Vaccination in Bombay 1924-1928 - 1924-1928
Year: 1924
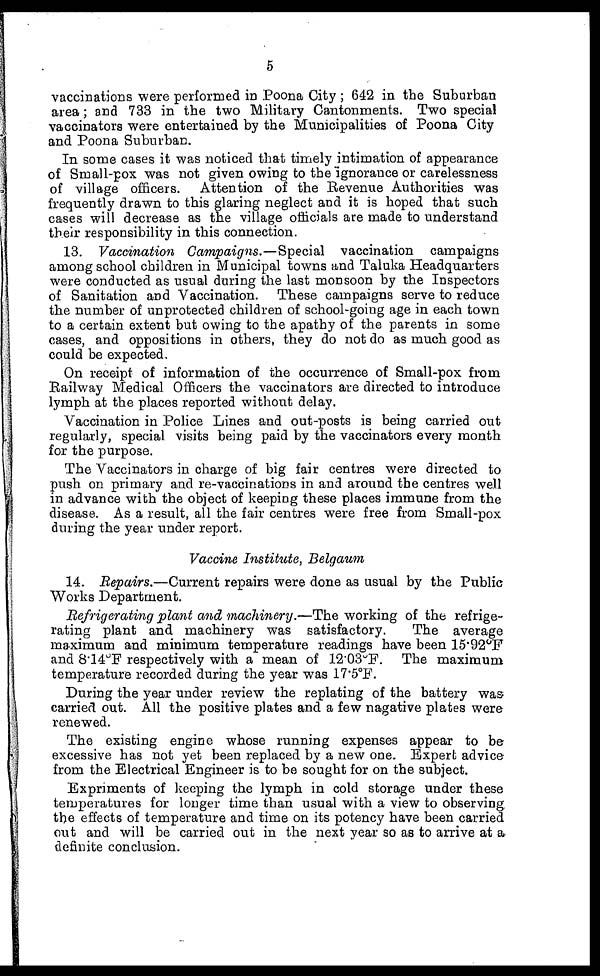
5
vaccinations were performed in Poona City ; 642 in the Suburban
area; and 733 in the two Military Cantonments. Two special
vaccinators were entertained by the Municipalities of Poona City
and Poona Suburban.
In some cases it was noticed that timely intimation of appearance
of Small-pox was not given owing to the ignorance or carelessness
of village officers. Attention of the Revenue Authorities was
frequently drawn to this glaring neglect and it is hoped that such
cases will decrease as the village officials are made to understand
their responsibility in this connection.
13. Vaccination Campaigns.—Special vaccination campaigns
among school children in Municipal towns and Taluka Headquarters
were conducted as usual during the last monsoon by the Inspectors
of Sanitation and Vaccination. These campaigns serve to reduce
the number of unprotected children of school-going age in each town
to a certain extent but owing to the apathy of the parents in some
cases, and oppositions in others, they do not do as much good as
could be expected.
On receipt of information of the occurrence of Small-pox from
Railway Medical Officers the vaccinators are directed to introduce
lymph at the places reported without delay.
Vaccination in Police Lines and out-posts is being carried out
regularly, special visits being paid by the vaccinators every month
for the purpose.
The Vaccinators in charge of big fair centres were directed to
push on primary and re-vaccinations in and around the centres well
in advance with the object of keeping these places immune from the
disease. As a result, all the fair centres were free from Small-pox
during the year under report.
Vaccine Institute, Belgaum
14. Repairs.—Current repairs were done as usual by the Public
Works Department.
Refrigerating plant and machinery.—The working of the refrige-
rating plant and machinery was satisfactory.
The average
maximum and minimum temperature readings have been 15.92°F
and 8.14°F respectively with a mean of 12.03°F. The maximum
temperature recorded during the year was 17.5°F.
During the year under review the replating of the battery was
carried out. All the positive plates and a few nagative plates were
renewed.
The existing engine whose running expenses appear to be
excessive has not yet been replaced by a new one. Expert advice
from the Electrical Engineer is to be sought for on the subject.
Expriments of keeping the lymph in cold storage under these
temperatures for longer time than usual with a view to observing.
the effects of temperature and time on its potency have been carried
out and will be carried out in the next year so as to arrive at a
definite conclusion.